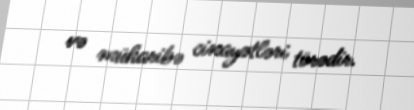
və müharibə cinayətləri törədir.